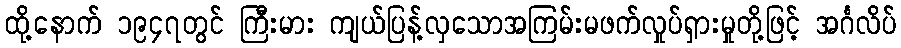
ထို့နောက် ၁၉၄၇တွင် ကြီးမား ကျယ်ပြန့်လှသောအကြမ်းမဖက်လှုပ်ရှားမှုတို့ဖြင့် အင်္ဂလိပ်